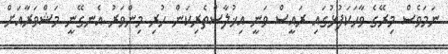
ނަމަވެސް މިރޭގެ ވާހަކަފުޅުގައި ރައީސް ވަނީ އިޚުލާސްތެރިކަން ހުރި މިންވަރު އެނގޭނީ މަޝްވަރާއަށް